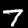
Digit: 7